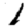
Digit: 1